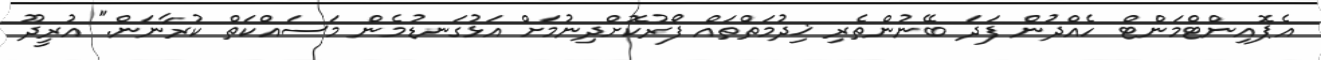
އެޕޮއިންޓްމަންޓް ހެއްދުން ފަދަ ބޭނުންތެރި ޚިދުމަތްތައް ފޯރުކޮށްދިނުމަށް އަޅުގަނޑުމެން މަސައްކަތް ކުރާނަން." އުރީދޫ